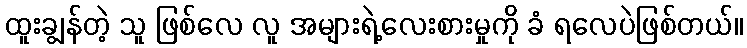
ထူးချွန်တဲ့ သူ ဖြစ်လေ လူ အများရဲ့လေးစားမှုကို ခံ ရလေပဲဖြစ်တယ်။